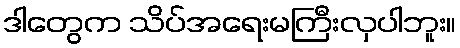
ဒါတွေက သိပ်အရေးမကြီးလှပါဘူး။